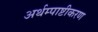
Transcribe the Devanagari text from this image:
अर्थम्पाष्टीकरण